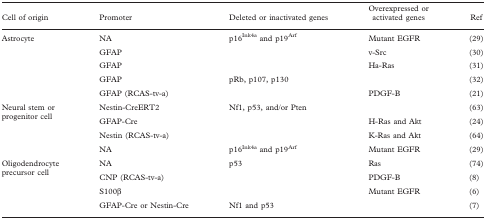
| Cell of origin | Promoter | Deleted or inactivated genes | Overexpressed or activated genes | Ref |
 | --- | --- | --- | --- | --- |
 | <ROWSPAN=5> Astrocyte | NA | p16Ink4a and p19Arf | Mutant EGFR | (29) |
 | GFAP |  | v-Src | (30) |
 | GFAP |  | Ha-Ras | (31) |
 | GFAP | pRb, p107, p130 |  | (32) |
 | GFAP (RCAS-tv-a) |  | PDGF-B | (21) |
 | <ROWSPAN=4> Neural stem or progenitor cell | Nestin-CreERT2 | Nf1, p53, and/or Pten |  | (63) |
 | GFAP-Cre |  | H-Ras and Akt | (24) |
 | Nestin (RCAS-tv-a) |  | K-Ras and Akt | (64) |
 | NA | p16Ink4a and p19Arf | Mutant EGFR | (29) |
 | <ROWSPAN=4> Oligodendrocyte precursor cell | NA | p53 | Ras | (74) |
 | CNP (RCAS-tv-a) |  | PDGF-B | (8) |
 | S100β |  | Mutant EGFR | (6) |
 | GFAP-Cre or Nestin-Cre | Nf1 and p53 |  | (7) |